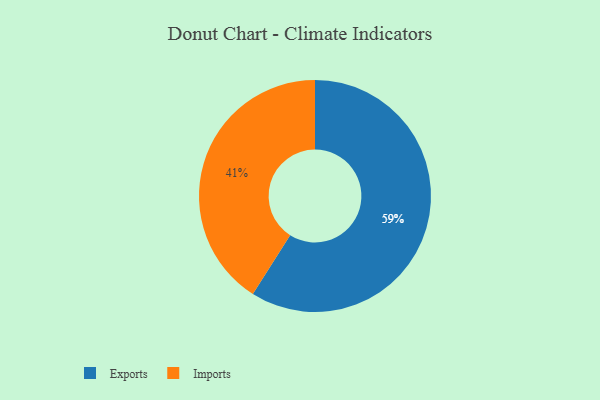
{"axis": {"x": "Category", "y": "Percentage"}, "legend": ["Exports", "Imports"], "data": [{"x": "Exports", "y": 59, "type": "Exports"}, {"x": "Imports", "y": 41, "type": "Imports"}]}